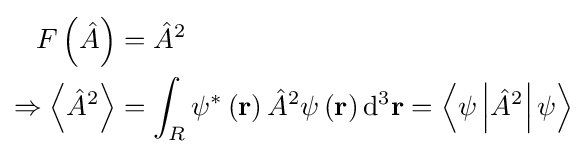
{\begin{aligned}F\left({\hat {A}}\right)&={\hat {A}}^{2}\\\Rightarrow \left\langle {\hat {A}}^{2}\right\rangle &=\int _{R}\psi ^{*}\left(\mathbf {r} \right){\hat {A}}^{2}\psi \left(\mathbf {r} \right)\mathrm {d} ^{3}\mathbf {r} =\left\langle \psi \left\vert {\hat {A}}^{2}\right\vert \psi \right\rangle \\\end{aligned}}\,\!